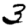
Digit: 3